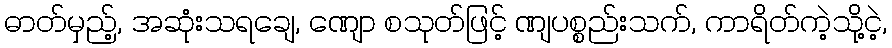
ဓာတ်မှည့်, အဆုံးသရချေ, ဏျော စသုတ်ဖြင့် ဏျပစ္စည်းသက်, ကာရိတ်ကဲ့သို့ငဲ့,